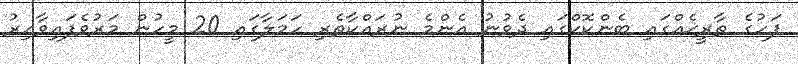
ފަހުގެ ތާރީޚެއްގައި ބެންކޮކްގައި ދެވުނު އެންމެ ނުރައްކާތެރި ހަމަލާގައި 20 މީހުން މަރުވެފައިވާއިރު